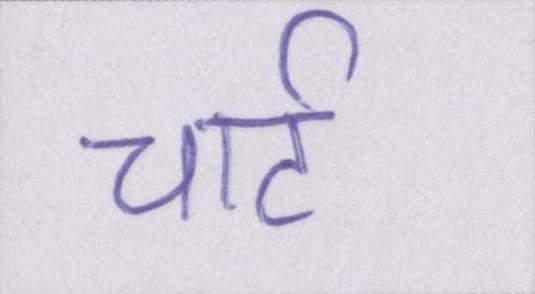
चार्ट